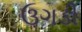
ઉગડી